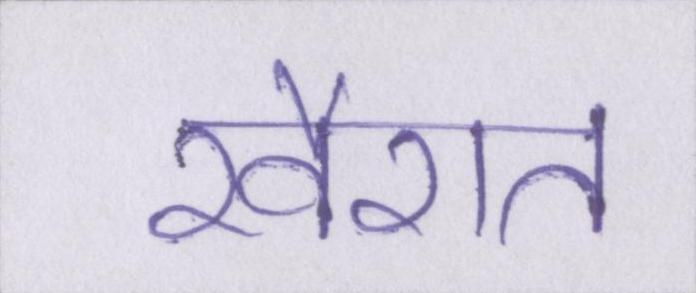
खैरात